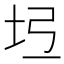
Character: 𡉶